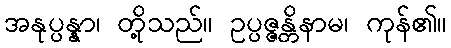
အနုပ္ပန္နာ၊ တို့သည်။ ဥပ္ပဇ္ဇန္တိနာမ၊ ကုန်၏။